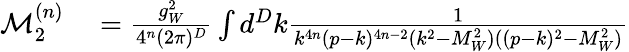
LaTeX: \begin{array}{rl}{\mathcal{M}_{2}^{(n)}}&{{}=\frac{g_{W}^{2}}{4^{n}(2\pi)^{D}}\int d^{D}k\frac{1}{k^{4n}(p-k)^{4n-2}(k^{2}-M_{W}^{2})((p-k)^{2}-M_{W}^{2})}}\end{array}